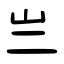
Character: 亗